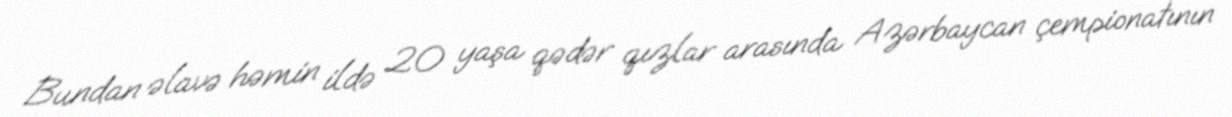
Bundan əlavə həmin ildə 20 yaşa qədər qızlar arasında Azərbaycan çempionatının